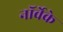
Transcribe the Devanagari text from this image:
नॉर्वेके